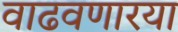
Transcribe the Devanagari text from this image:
वाढवणारया